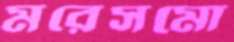
মরেসমো